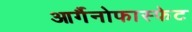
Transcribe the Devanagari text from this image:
आर्गैनोफास्फेट